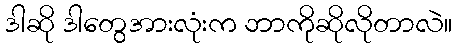
ဒါဆို ဒါတွေအားလုံးက ဘာကိုဆိုလိုတာလဲ။